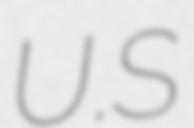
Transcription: U.S